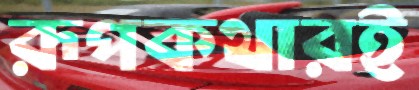
রূপকথারই